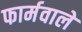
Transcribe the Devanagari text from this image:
फार्मवाले